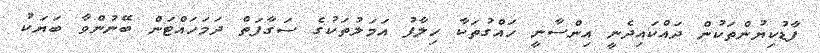
ފާޑުކިޔުންތަކުން ދައްކައިދެނީ އިންސާނީ ހައްގުތަކާ ހިލާފު އަމަލުތަކުގެ ސަގާފަތް ދަމަހައްޓަން ބޭނުންވާ ބަޔަކު